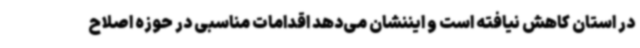
در استان کاهش نیافته است و ایننشان می‌دهد اقدامات مناسبی در حوزه اصلاح